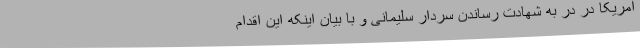
آمریکا در در به شهادت رساندن سردار سلیمانی و با بیان اینکه این اقدام